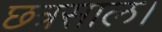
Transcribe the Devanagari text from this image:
छत्रसाल।